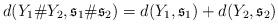
LaTeX: \begin{align*}d(Y_1\#Y_2,\mathfrak{s}_1\# \mathfrak{s}_2)=d(Y_1,\mathfrak{s}_1)+d(Y_2,\mathfrak{s}_2)\end{align*}